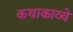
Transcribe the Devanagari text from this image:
कथाकाव्ये